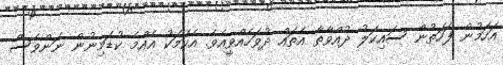
އަހަމުން ފަހަތުން ސައިކަލު ދުއްވާތާ އެތައް ދުވަހެއްވީއެވެ. އެކަމަކު އެއްމެ ކުޑަމިނުން ނަންވެސް